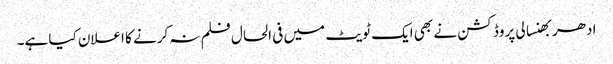
ادھر بھنسالی پروڈکشن نے بھی ایک ٹویٹ میں فی الحال فلم نہ کرنے کا اعلان کیا ہے۔